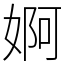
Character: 婀